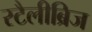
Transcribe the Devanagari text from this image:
स्टैलीब्रिज